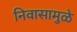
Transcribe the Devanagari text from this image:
निवासामुळे